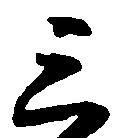
三